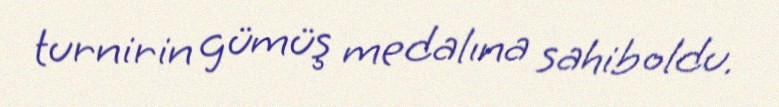
turnirin gümüş medalına sahib oldu.